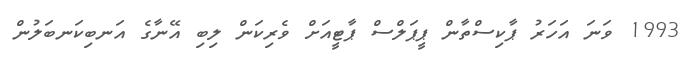
1993 ވަނަ އަހަރު ޕާކިސްތާން ޕީޕަލްސް ޕާޓީއަށް ވެރިކަން ލިބި އޭނާގެ އަނބިކަނބަލުން